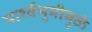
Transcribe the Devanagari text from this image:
पार्श्वभुमीमुळे